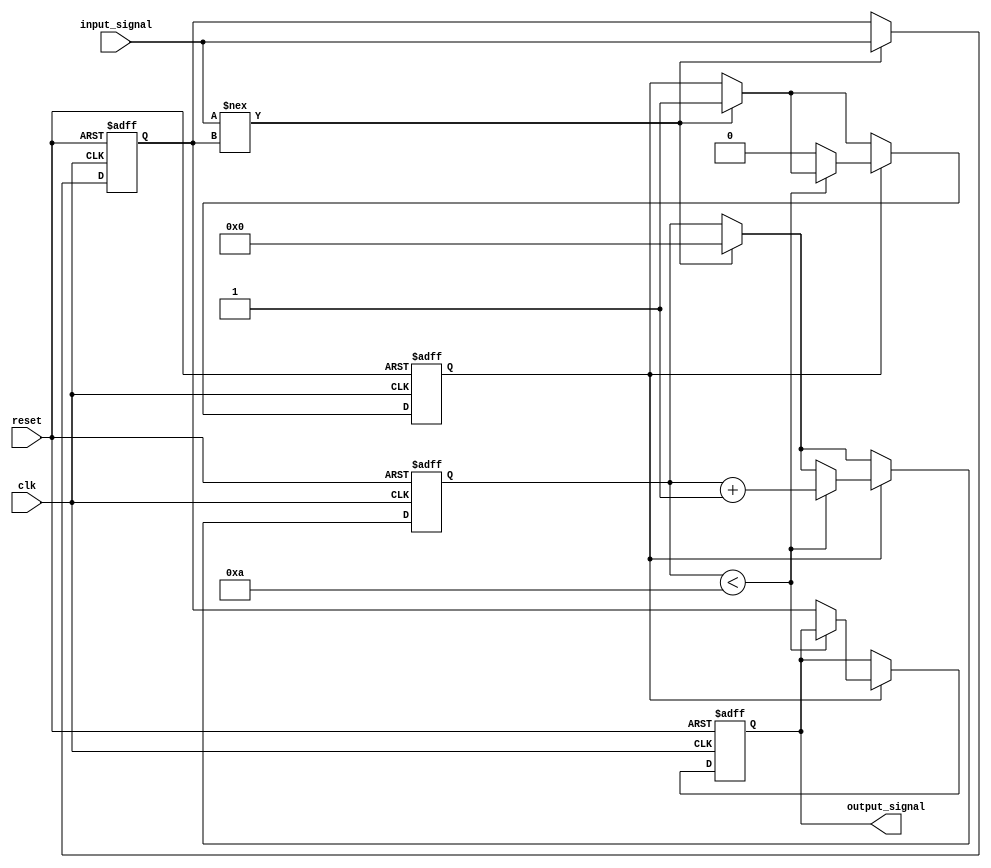
module Delay #(
    parameter DELAY_DURATION = 10  // Delay duration in time units (ns)
)(
    input wire clk,                 // Clock signal
    input wire reset,               // Reset signal
    input wire input_signal,        // Input signal to be delayed
    output reg output_signal        // Delayed output signal
);

    // Internal signal to track the input state
    reg input_state;
    reg [31:0] counter;             // Counter for delay timing
    reg delay_active;               // Flag to indicate if delay is active

    always @(posedge clk or posedge reset) begin
        if (reset) begin
            output_signal <= 1'b0;   // Reset output to known state
            counter <= 0;            // Reset counter
            delay_active <= 1'b0;    // Reset delay active flag
            input_state <= 1'b0;     // Reset input state
        end else begin
            // Update input state on input signal change
            if (input_signal !== input_state) begin
                input_state <= input_signal; // Capture the new input state
                counter <= 0;                // Reset counter
                delay_active <= 1'b1;        // Start the delay
            end

            // If delay is active, increment the counter
            if (delay_active) begin
                if (counter < DELAY_DURATION) begin
                    counter <= counter + 1;  // Increment counter
                end else begin
                    output_signal <= input_state; // Update output after delay
                    delay_active <= 1'b0;    // Stop the delay
                end
            end
        end
    end

endmodule